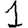
Digit: 1